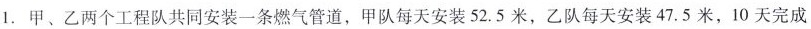
1.甲、乙两个工程队共同安装一条燃气管道，甲队每天安装52.5米，乙队每天安装47.5米，10天完成